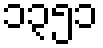
၁၃၅၁